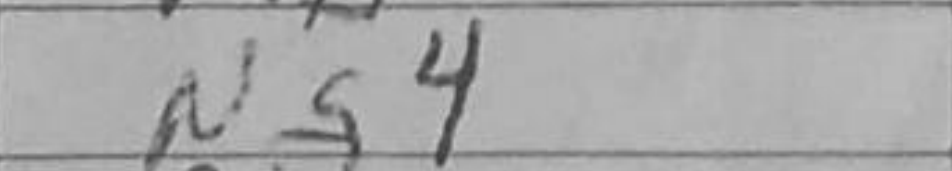
Transcription: Ng4